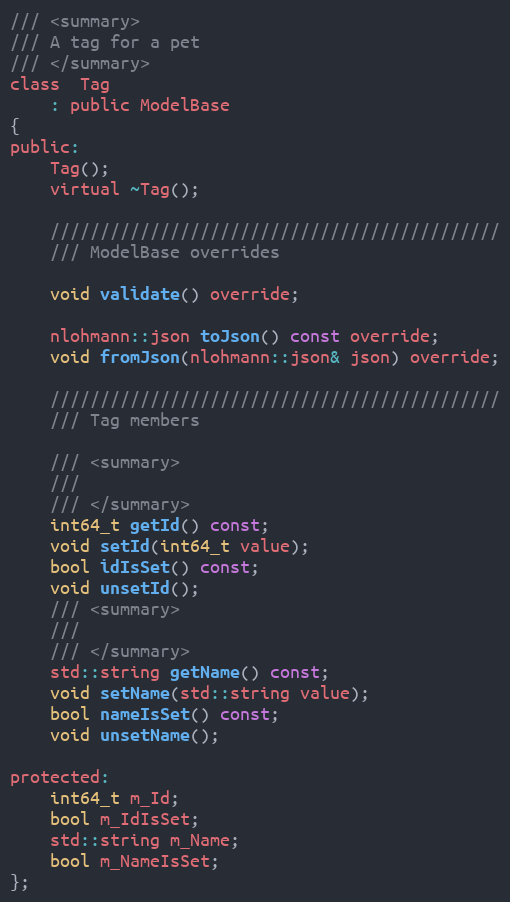
Language: C
/// <summary>
/// A tag for a pet
/// </summary>
class  Tag
    : public ModelBase
{
public:
    Tag();
    virtual ~Tag();

    /////////////////////////////////////////////
    /// ModelBase overrides

    void validate() override;

    nlohmann::json toJson() const override;
    void fromJson(nlohmann::json& json) override;

    /////////////////////////////////////////////
    /// Tag members

    /// <summary>
    ///
    /// </summary>
    int64_t getId() const;
    void setId(int64_t value);
    bool idIsSet() const;
    void unsetId();
    /// <summary>
    ///
    /// </summary>
    std::string getName() const;
    void setName(std::string value);
    bool nameIsSet() const;
    void unsetName();

protected:
    int64_t m_Id;
    bool m_IdIsSet;
    std::string m_Name;
    bool m_NameIsSet;
};